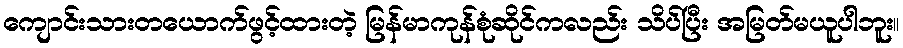
ကျောင်းသားတယောက်ဖွင့်ထားတဲ့ မြန်မာကုန်စုံဆိုင်ကလည်း သိပ်ပြီး အမြတ်မယူပါဘူး။